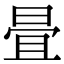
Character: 𣆹